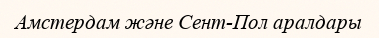
Амстердам және Сент-Пол аралдары